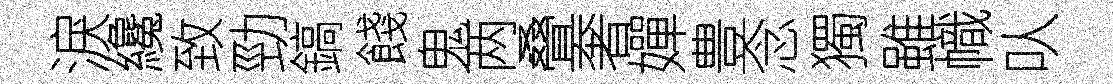
淚纔致勁鎬餞鬼两叠奢嬋豊念獨雖幟㕥